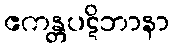
ဧကန္တပဋိဘာနာ